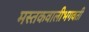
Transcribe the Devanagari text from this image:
मस्तकवालीभगवती